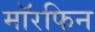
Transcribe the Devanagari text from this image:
मॉरफिन